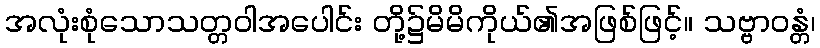
အလုံးစုံသောသတ္တဝါအပေါင်း တို့၌မိမိကိုယ်၏အဖြစ်ဖြင့်။ သဗ္ဗာဝန္တံ၊